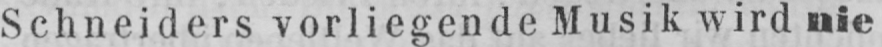
Schneiders vorliegende Musik wird nie